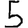
Digit: 5